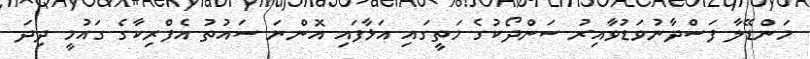
މަންޑޭލާ ފަސްދާނުވަޑުވާއިރު ސަންދޯކުގެ މަތީގައި އަޅާފައި އޮންނަ ސައުތު އެފްރިކާގެ ގައުމީ ދިދަ